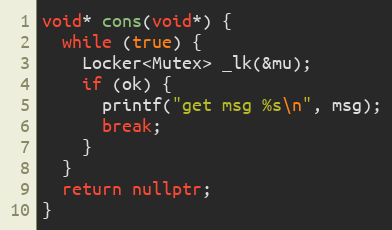
Language: C++
void* cons(void*) {
  while (true) {
    Locker<Mutex> _lk(&mu);
    if (ok) {
      printf("get msg %s\n", msg);
      break;
    }
  }
  return nullptr;
}